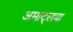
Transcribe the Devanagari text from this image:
अमाट्लचा